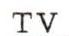
TV